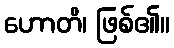
ဟောတိ၊ ဖြစ်၏။